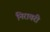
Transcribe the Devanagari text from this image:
निरावरी